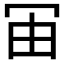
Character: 𰃰